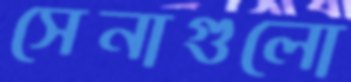
সেনাগুলো